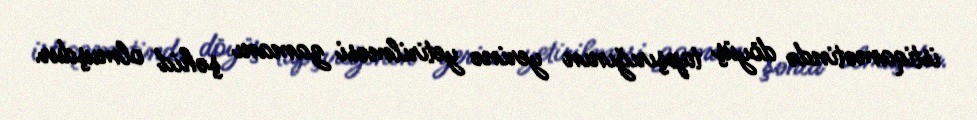
istiqamətində döyüş tapşırığının yerinə yetirilməsi zamanı şəhid olmuşdur.